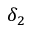
\delta _ { 2 }